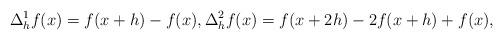
LaTeX: \begin{align*} \Delta^1_hf(x)=f(x+h)-f(x),\Delta^2_hf(x)=f(x+2h)-2f(x+h)+f(x),\end{align*}